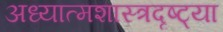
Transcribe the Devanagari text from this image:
अध्यात्मशास्त्रदृष्ट्या